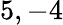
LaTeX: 5,-4